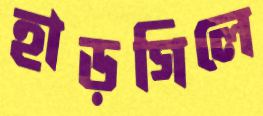
হাড়গিলে